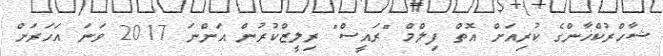
ޝާހްރުކްޚާންގެ ކުރިއަށް އޮތް ފިލްމް "ރައީސް" ރިލީޒްކުރުން އަންނަ 2017 ވަނަ އަހަރަށް